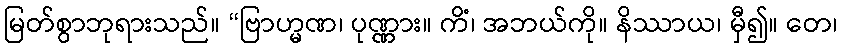
မြတ်စွာဘုရားသည်။ “ဗြာဟ္မဏ၊ ပုဏ္ဏား။ ကိံ၊ အဘယ်ကို။ နိဿာယ၊ မှီ၍။ တေ၊